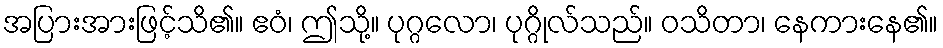
အပြားအားဖြင့်သိ၏။ ဧဝံ၊ ဤသို့။ ပုဂ္ဂလော၊ ပုဂ္ဂိုလ်သည်။ ဝသိတာ၊ နေကားနေ၏။